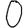
Digit: 0